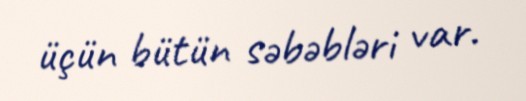
üçün bütün səbəbləri var.